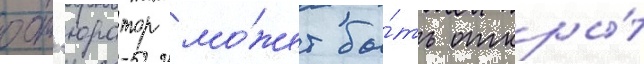
обт'юратор мо́жет бы́ть откры́т